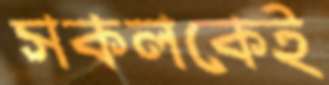
সকলকেই